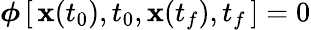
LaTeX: {\boldsymbol{\phi}}\, [\, {\textbf{x}}(t_{0}),t_{0},{\textbf{x}}(t_{f}),t_{f}\, ]=0